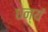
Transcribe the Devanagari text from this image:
धन्यं